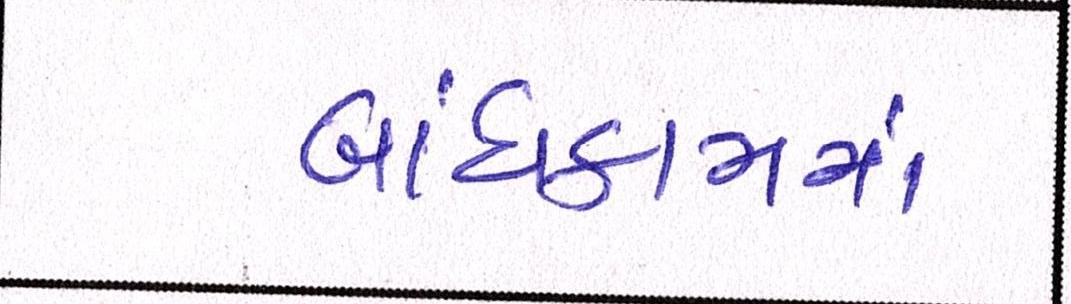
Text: બાંધકામમાં